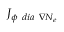
{ J } _ { \phi \ d i a \ \nabla N _ { e } }